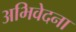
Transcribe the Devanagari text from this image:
अभिवेदना